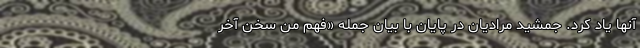
آنها یاد کرد. جمشید مرادیان در پایان با بیان جمله‌ «فهم من سخن آخر